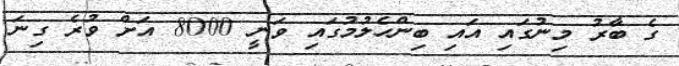
ގެ ބާރު މިނުގައި އައި ބިންހެލުމުގައި ވަނީ 8000 އަށް ވުރެ ގިނަ